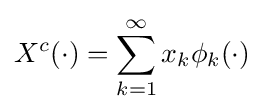
X^{c}(\cdot )=\sum _{k=1}^{\infty }x_{k}\phi _{k}(\cdot )